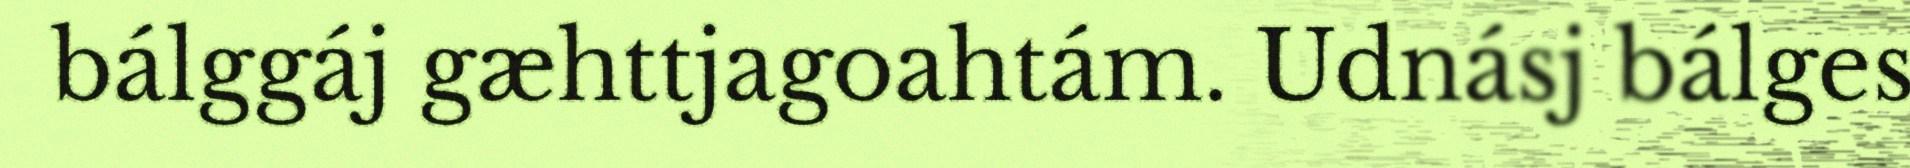
bálggáj gæhttjagoahtám. Udnásj bálges